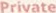
Private